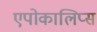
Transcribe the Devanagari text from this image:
एपोकालिप्स